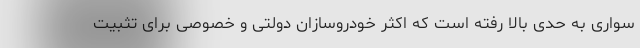
سواری به حدی بالا رفته است که اکثر خودروسازان دولتی و خصوصی برای تثبیت